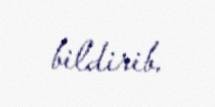
bildirib.